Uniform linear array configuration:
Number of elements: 4
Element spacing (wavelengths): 0.75
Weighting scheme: binomial
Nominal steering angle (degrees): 30
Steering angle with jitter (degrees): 31.146
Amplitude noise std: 0.05
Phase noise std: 0.05

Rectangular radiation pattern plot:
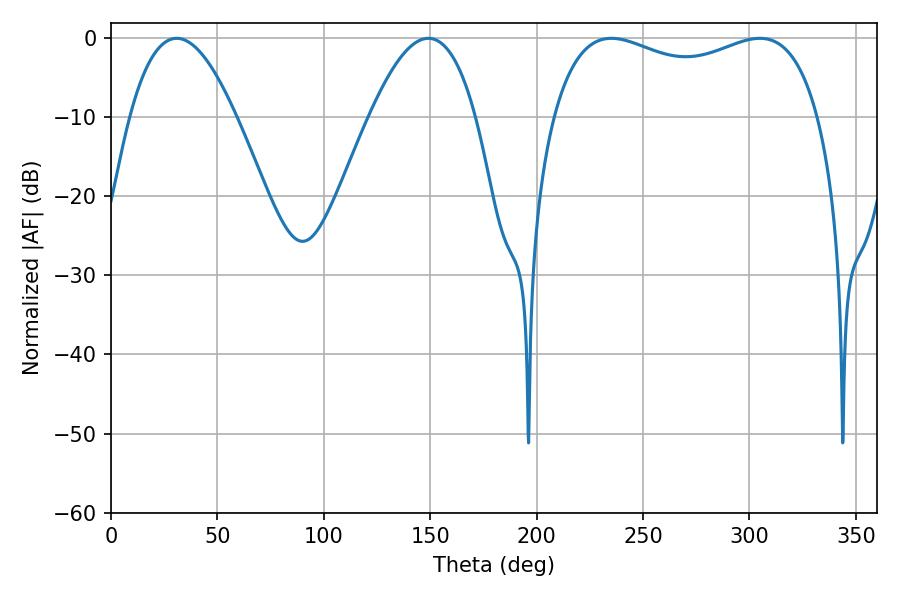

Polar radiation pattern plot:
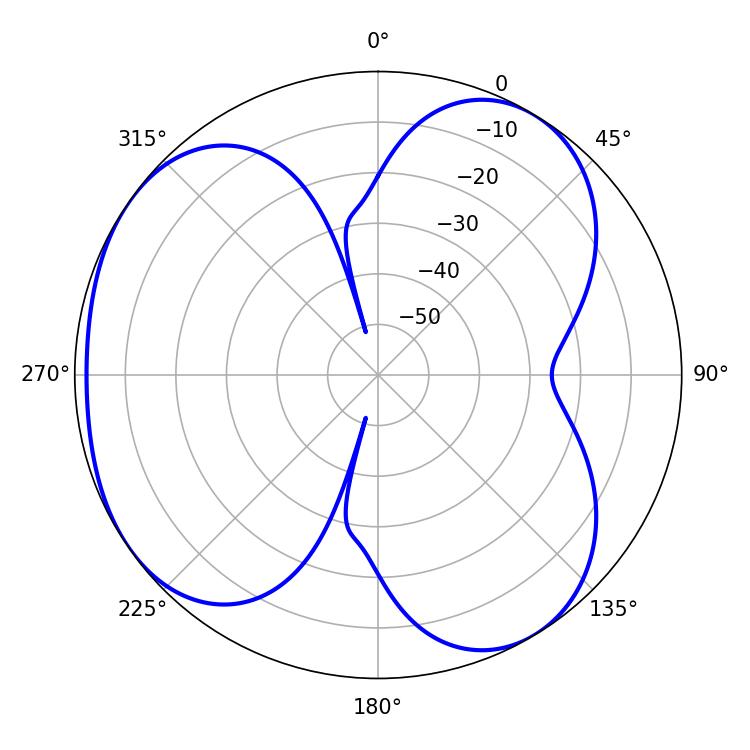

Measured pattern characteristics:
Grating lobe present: TRUE
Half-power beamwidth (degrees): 103.32
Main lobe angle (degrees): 235.08